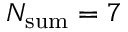
N _ { \mathrm { s u m } } = 7